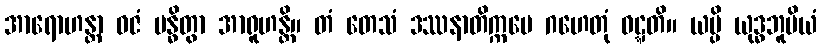
အာရောဟန္တာ ဓဇံ ဗန္ဓိတွာ အာရူဟန္တိ။ တံ တေသံ ဒဿနာတိက္ကမေ ဂဟေတုံ ဝဋ္ဋတိ။ ယမ္ပိ ယုဒ္ဓဘူမိယံ